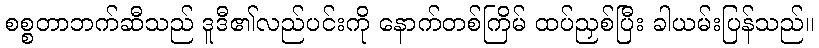
စစ္စတာဘက်ဆီသည် ဒူဒီ၏လည်ပင်းကို နောက်တစ်ကြိမ် ထပ်ညှစ်ပြီး ခါယမ်းပြန်သည်။